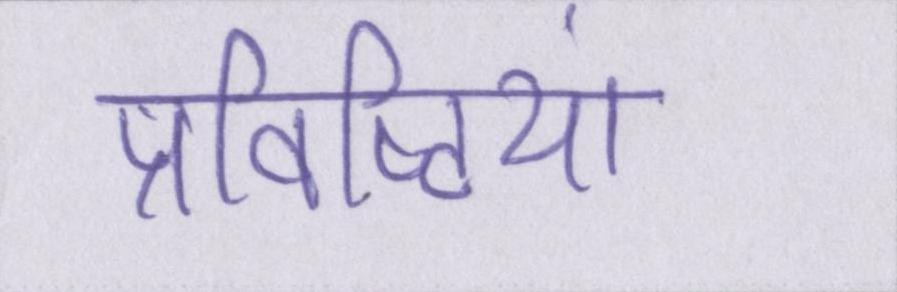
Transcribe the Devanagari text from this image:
प्रविष्टियां